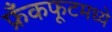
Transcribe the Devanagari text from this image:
फ्रँकफूटमध्ये